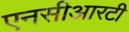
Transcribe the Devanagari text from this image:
एनसीआरटी